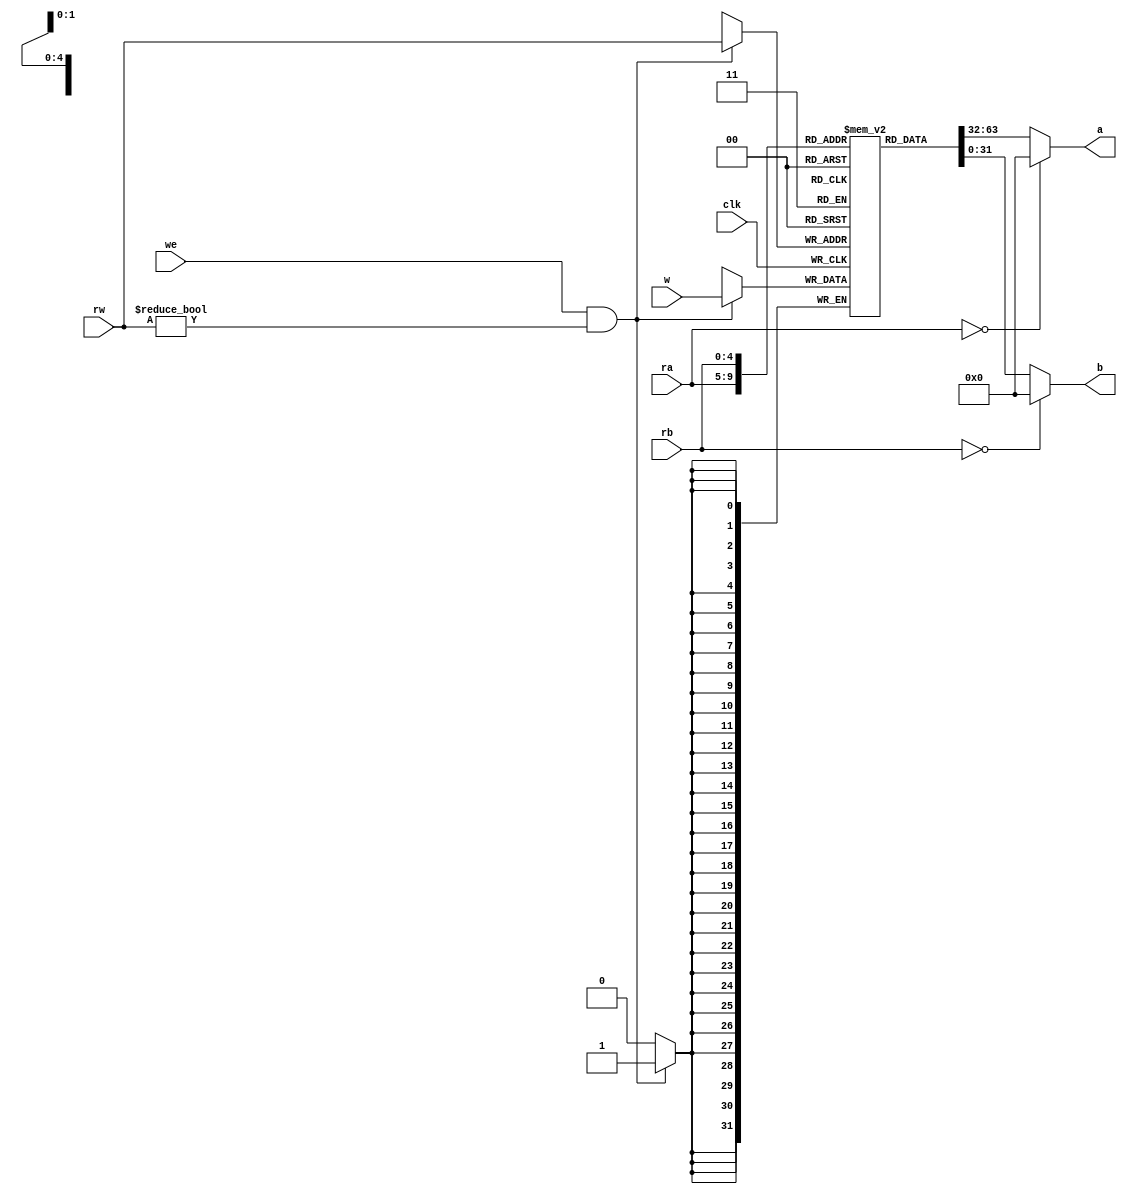
module RegisterFile(clk, we, w, rw, ra, rb, a, b);
	// input:
	input clk;          // 
	input we;           // ?
	input [31:0]w;      // ?
	input [4:0]rw;      // 
	input [4:0]ra;      // 
	input [4:0]rb;      // 
	output [31:0]a;     // 
	output [31:0]b;     // 

	reg [31:0]data[31:0];    // ?
	reg [31:0]a;    // a
	reg [31:0]b;    // b
	
	integer i;
	
	initial 
	begin
	for (i = 0; i <= 31; i = i+1)
	begin
	   data[i] = 32'h00000000;
	end
	end

	always @(posedge clk) begin
		if (we == 1'b1 && rw != 1'b0)    // ?
		begin
			data[rw] = w;
		end
//		a = data[ra];    // a
//		b = data[rb];    // b
	end
	
	always @ (*) begin
	   a = (ra == 0) ? 1'b0 : data[ra];
	   b = (rb == 0) ? 1'b0 : data[rb];
	end

endmodule